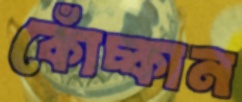
কোঁচ্‌কান